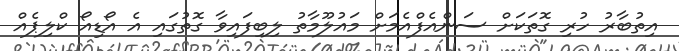
އިތުބާރު ހުރި ގޮތަކަށް ސަންއެފްއެމަށް މައުލޫމާތު ލިބިފައިވާ ގޮތުގައި އެ އޯޑިއޯ ކްލިޕެއް